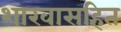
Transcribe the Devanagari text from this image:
शाखासहित